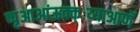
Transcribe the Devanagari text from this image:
प्पृआआंऊक्क्ःय्याआणॅ